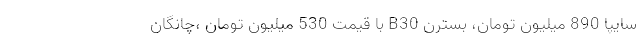
سایپا 890 میلیون تومان، بسترن B30 با قیمت 530 میلیون تومان ،چانگان